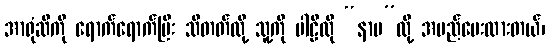
အာရုံဆီကို ရောက်ရောက်ပြီး သိတတ်လို့ သူ့ကို ပါဠိလို “နာမ”လို့ အမည်ပေးထားတယ်၊